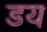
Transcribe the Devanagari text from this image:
डय